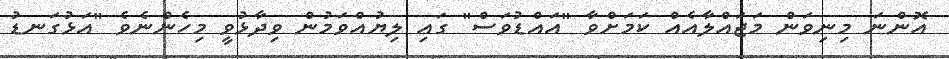
އޮންނަ މިނިވަން މަޖައްލާއެއް ކަމަށްވާ "އައްޑުވަސް" ގައި ލިޔުއްވަމުން ވިދާޅުވީ މިހެންނެވެ "އަޅުގަނޑު